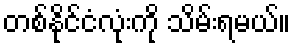
တစ်နိုင်ငံလုံးကို သိမ်းရမယ်။